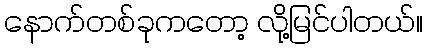
နောက်တစ်ခုကတော့ လို့မြင်ပါတယ်။